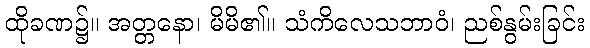
ထိုခဏ၌။ အတ္တနော၊ မိမိ၏။ သံကိလေသဘာဝံ၊ ညစ်နွမ်းခြင်း